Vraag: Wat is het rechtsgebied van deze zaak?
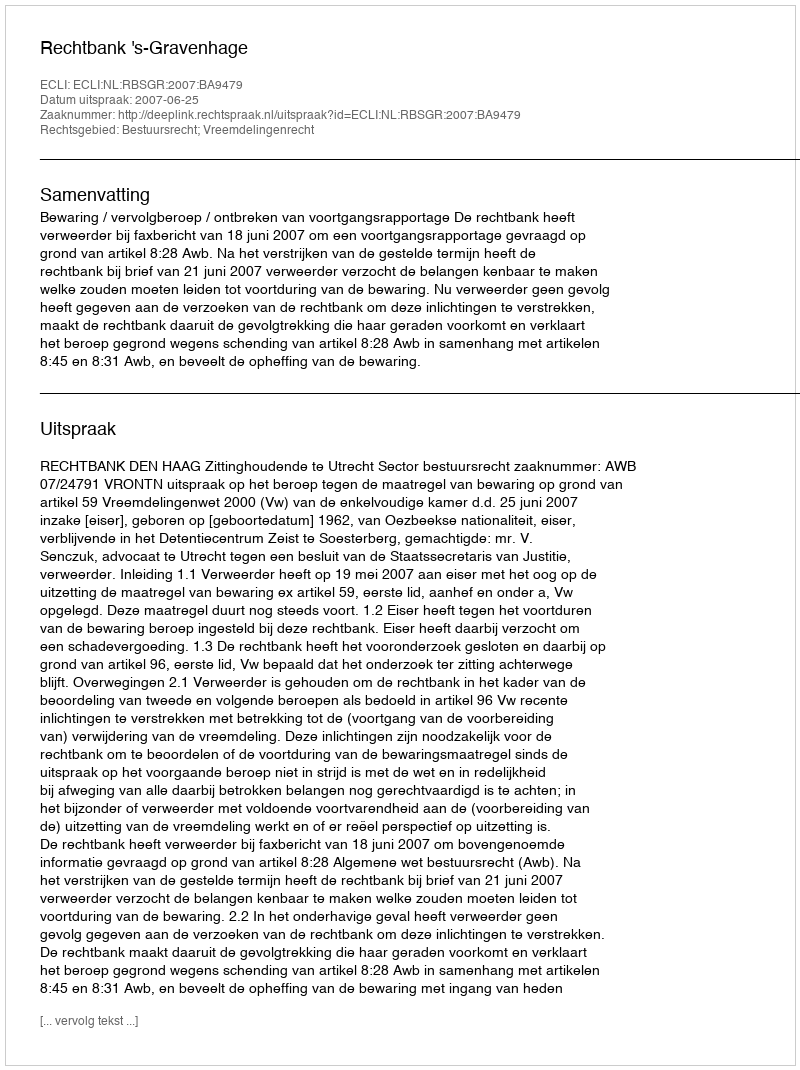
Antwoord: Bestuursrecht; Vreemdelingenrecht